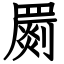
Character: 罽